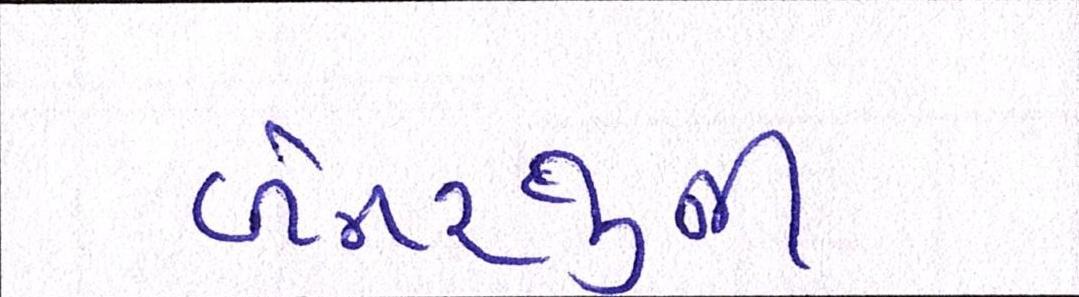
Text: બેનરજીની